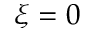
\xi = 0